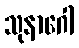
သုနာဂေါ